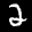
Label: 2